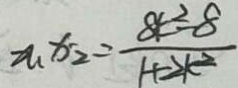
x _ { 1 } x _ { 2 } = \frac { 8 k ^ { 2 } - 8 } { 1 + 2 k ^ { 2 } }